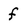
Character: f